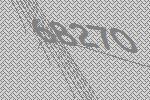
68270